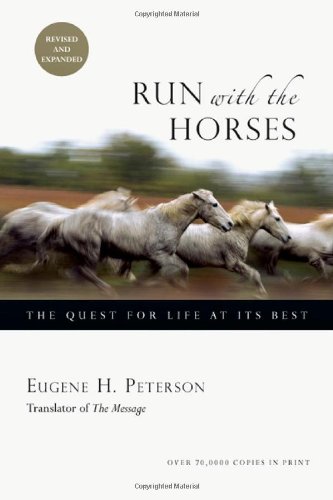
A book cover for Run with the Horses: The Quest for Life at Its Best; Eugene H. Peterson; Christian Books & Bibles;